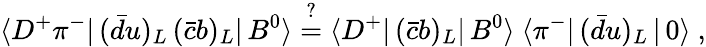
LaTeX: \langle D^{+}\pi^{-}|\, (\bar{d}u)_{L}\, (\bar{c}b)_{L}|\, B^{0}\rangle\stackrel{?}{=}\langle D^{+}|\, (\bar{c}b)_{L}|\, B^{0}\rangle\ \langle\pi^{-}|\, (\bar{d}u)_{L}\, |\, 0\rangle\ ,